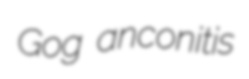
Gog anconitis